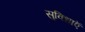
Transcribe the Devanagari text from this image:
सुविधाऍ